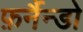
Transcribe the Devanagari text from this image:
फ़र्नैन्डो